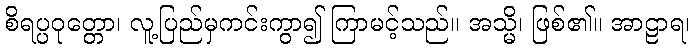
စိရပ္ပဝုတ္တော၊ လူ့ပြည်မှကင်းကွာ၍ ကြာမင့်သည်။ အသ္မိ၊ ဖြစ်၏။ အာဠာရ၊